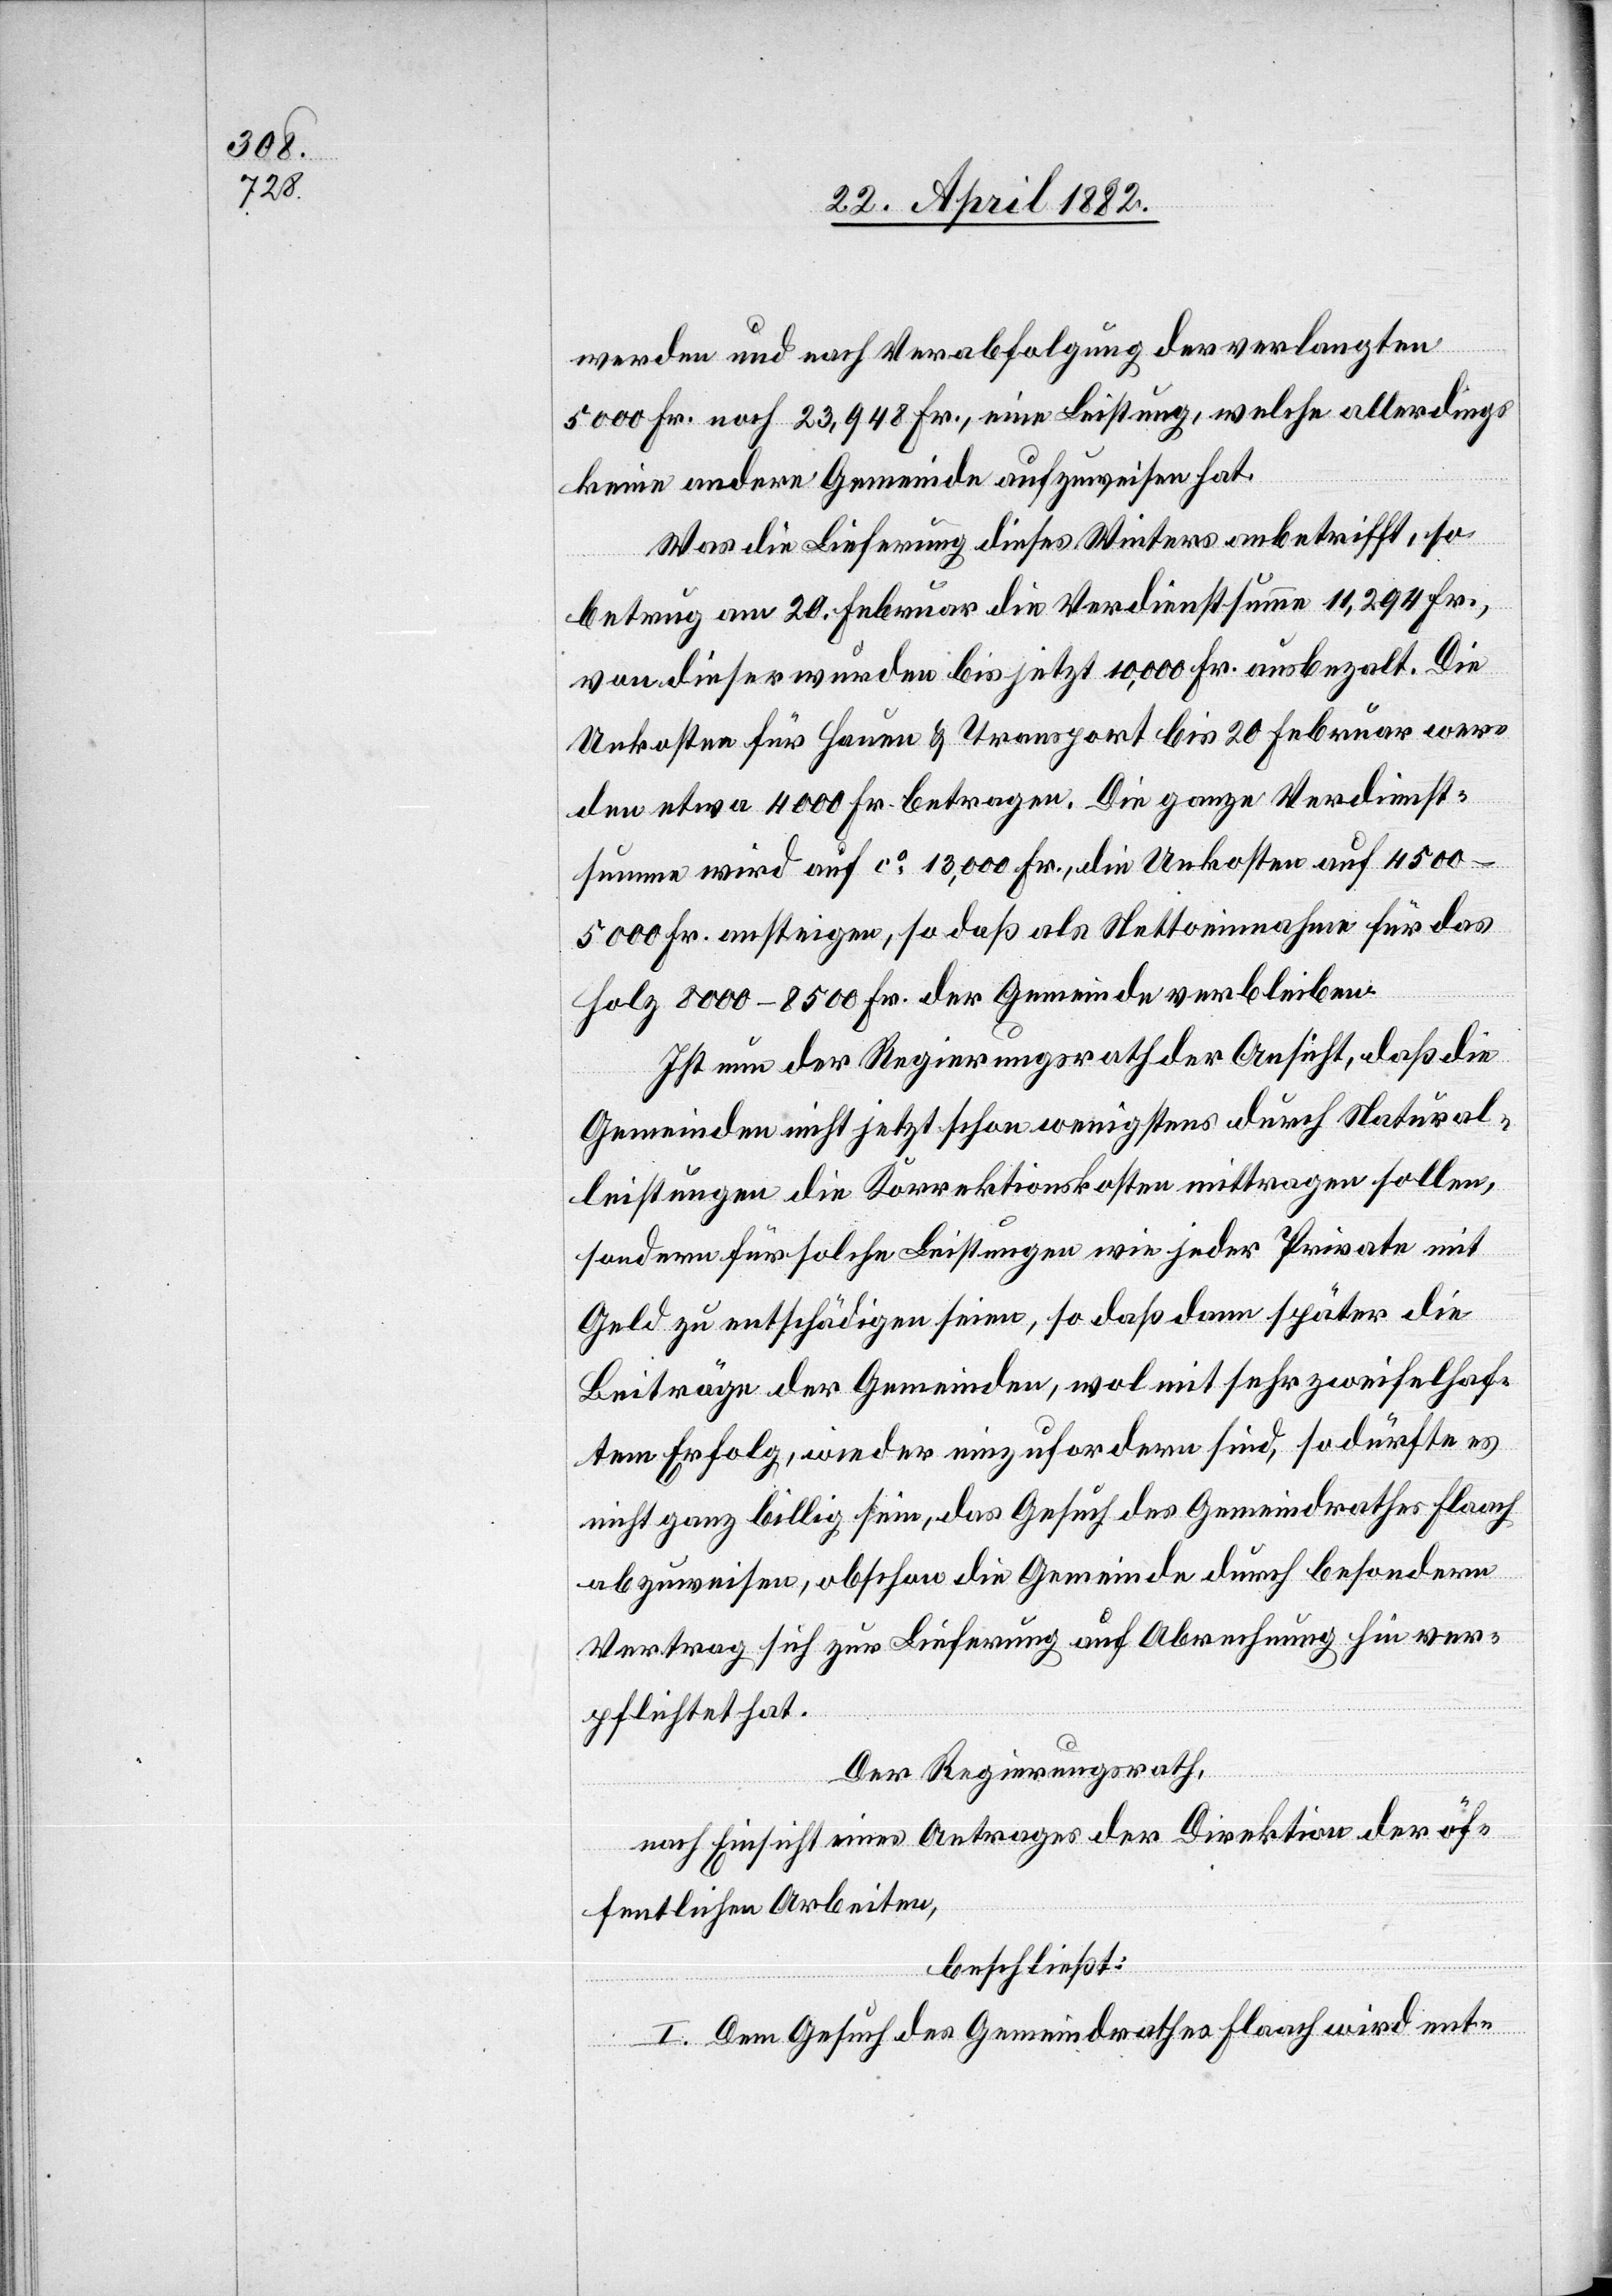
werden und nach Verabfolgung der verlangten
5000 Fr. noch 23,948 Fr., eine Leistung, welche allerdings
keine andere Gemeinde aufzuweisen hat.
Was die Lieferung dieses Winters anbetrifft, so
betrug am 20 Februar die Verdienstsumme 11,294 Fr.,
von dieser wurden bis jetzt 10,000 Fr. ausbezahlt. Die
Unkosten für Hauen & Transport bis 20. Februar wer¬
den etwa 4000 Fr. betragen. Die ganze Verdienst¬
summe wird auf ca 13,000 Fr., die Unkosten auf 4500–5000
Fr. ansteigen, so daß als Nettoeinnahme für das
Holz 8000–8500 Fr. der Gemeinde verbleiben.
Ist nun der Regierungsrath der Ansicht, daß die
Gemeinden nicht jetzt schon wenigstens durch Natural¬
leistungen die Korrektionskosten mittragen sollen,
sondern für solche Leistungen wie jeder Private mit
Geld zu entschädigen seien, so daß dann später die
Beiträge der Gemeinden, wol mit sehr zweifelhaf¬
tem Erfolg, wieder einzufordern sind, so dürfte es
nicht ganz billig sein, das Gesuch der Gemeindrathes Flaach
abzuweisen, obschon die Gemeinde durch besondern
Vertrag sich zur Lieferung auf Abrechnung hin ver¬
pflichtet hat.
Der Regierungsrath,
nach Einsicht eines Antrages der Direktion der öf¬
fentlichen Arbeiten,
beschließt:
I. Dem Gesuch des Gemeindrathes Flaach wird ent-